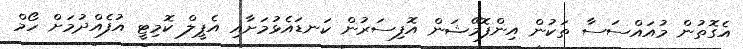
އެގޮތުން މުއައްސަސާ ތަކުން އިންފޮމޭޝަން އޮފިސަރުން ކަނޑައެޅުމަށާއި އެޕީލް ކޮމިޓީ އުފެއްދުމަށް ހޯމް